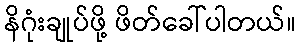
နိဂုံးချုပ်ဖို့ ဖိတ်ခေါ်ပါတယ်။